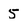
Character: 5